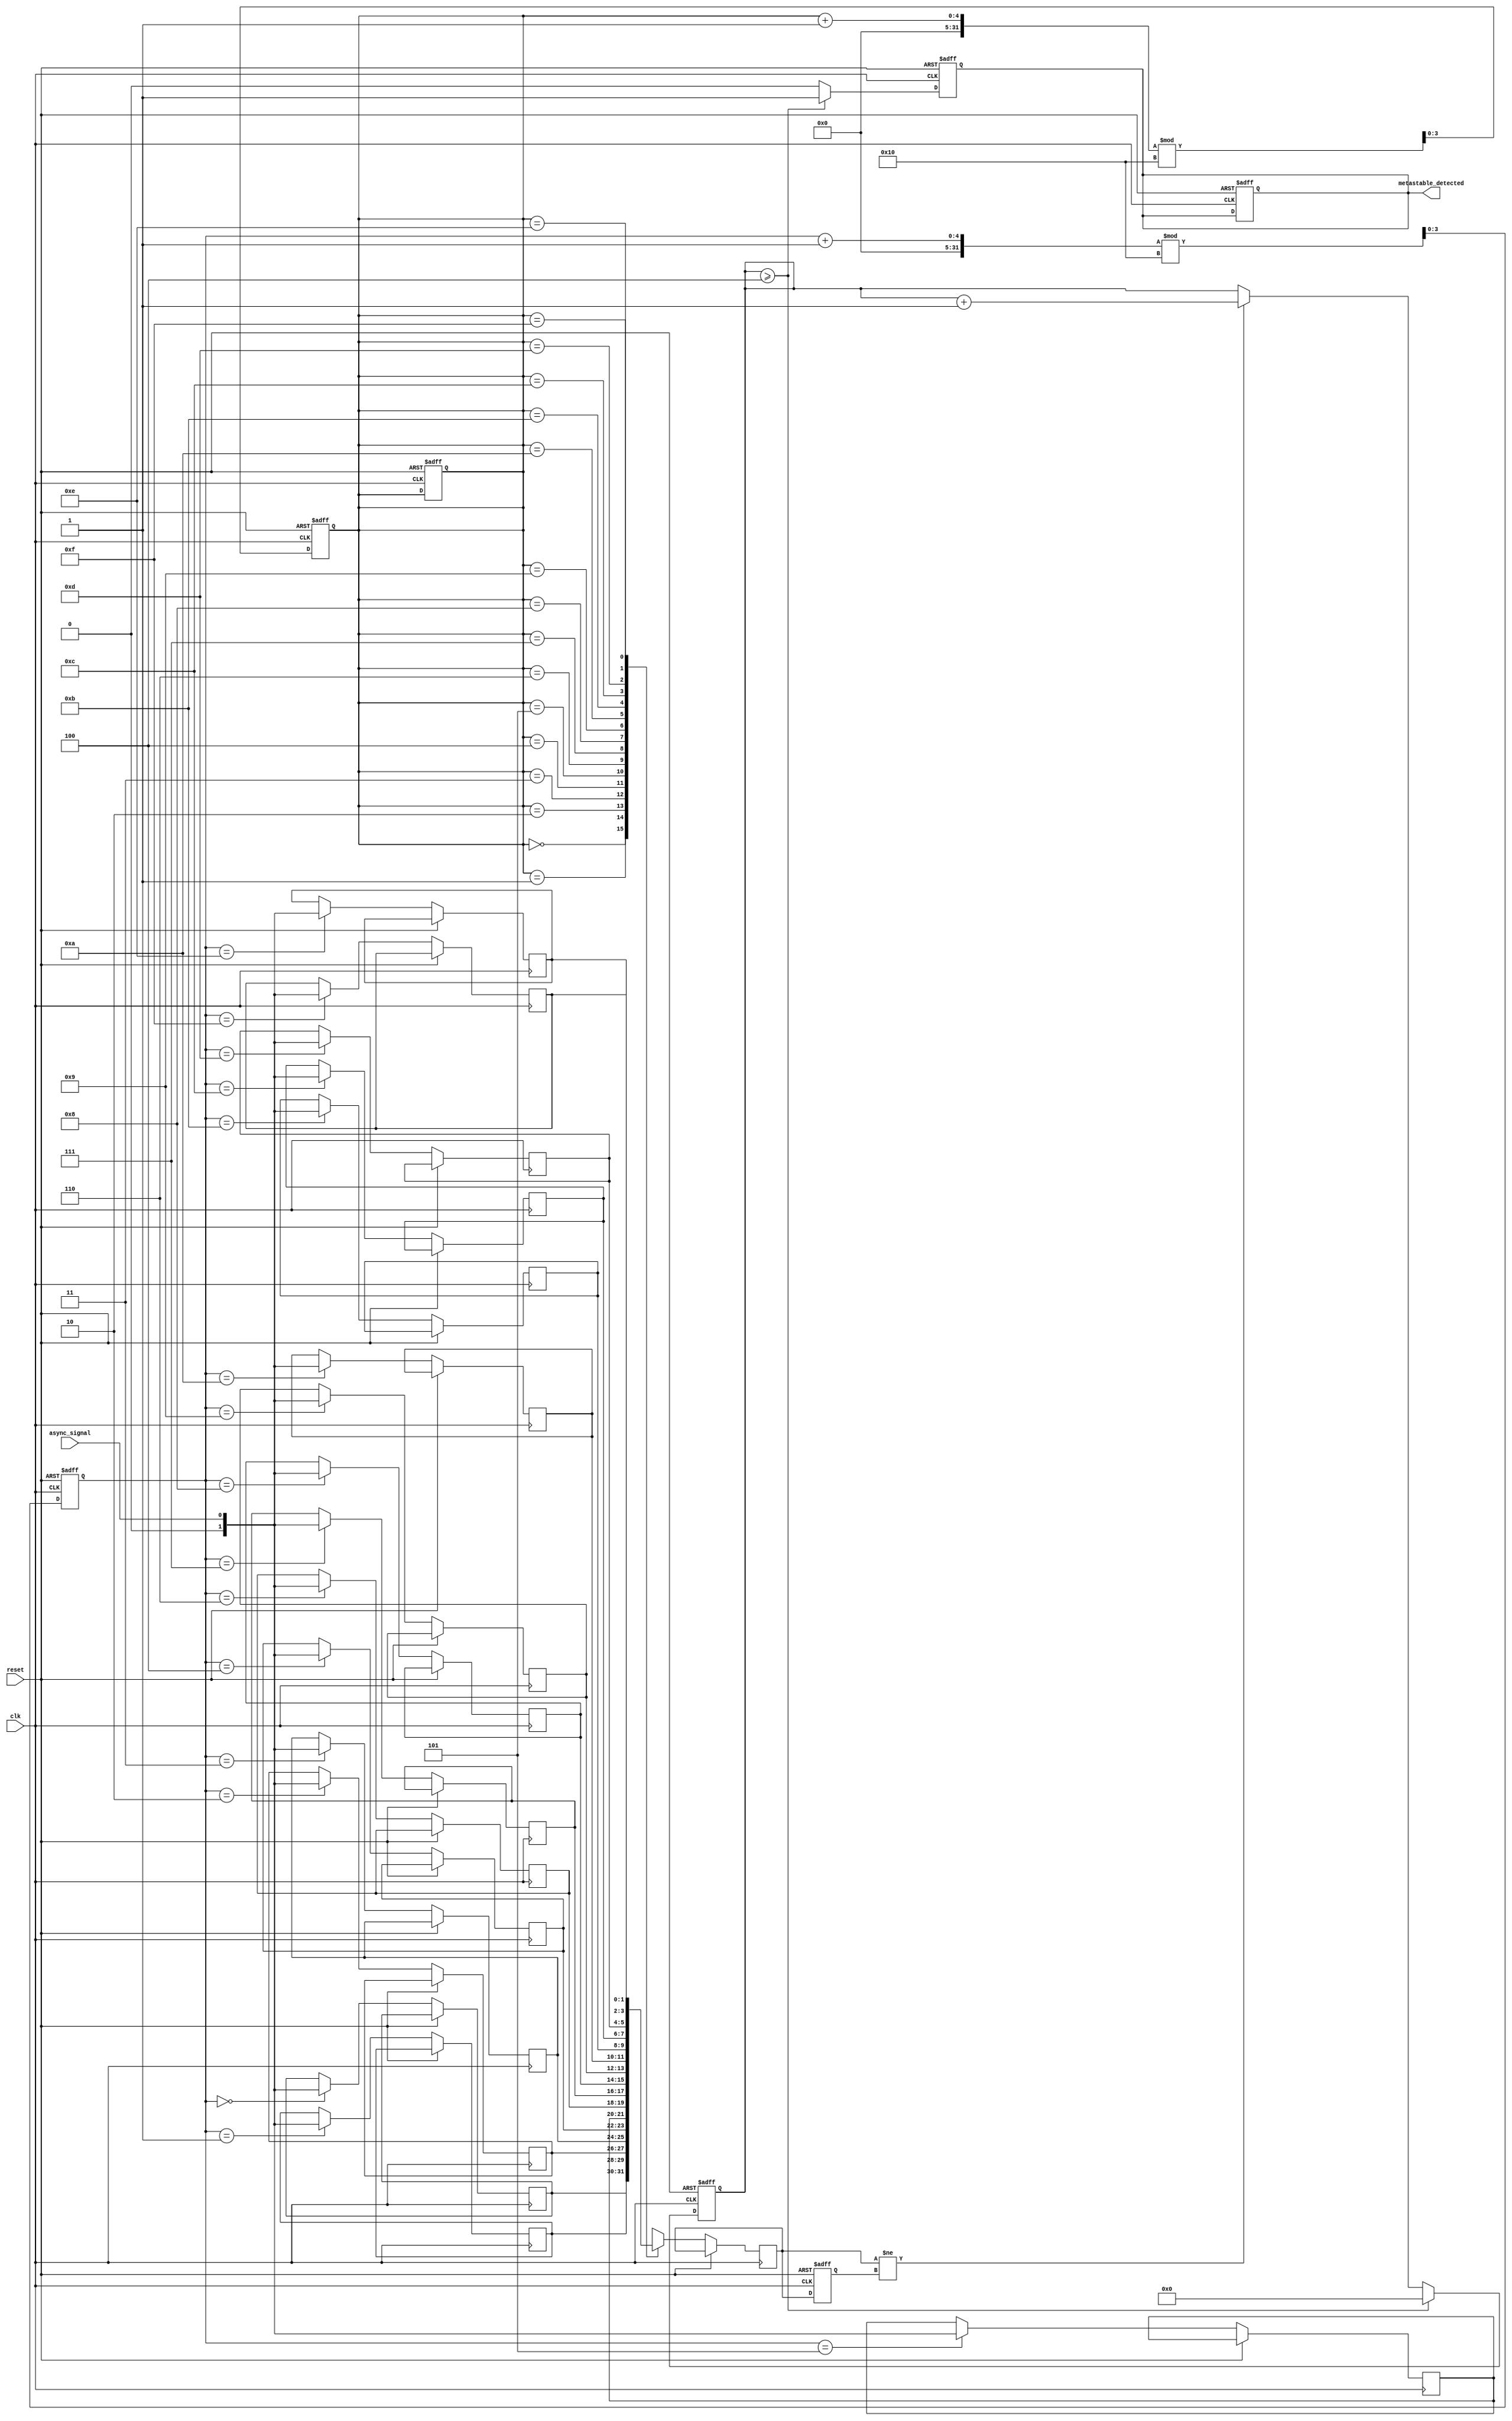
module metastability_detector #(
    parameter MEMORY_SIZE = 16, // Size of the memory block
    parameter THRESHOLD = 4      // Threshold for metastability detection
)(
    input wire clk,              // Sampling clock
    input wire reset,            // Reset signal
    input wire async_signal,      // Asynchronous input signal
    output reg metastable_detected // Output signal indicating metastability
);

    // Memory to store sampled values
    reg [1:0] memory [0:MEMORY_SIZE-1]; // 2-bit memory to store sampled states
    reg [$clog2(MEMORY_SIZE)-1:0] write_ptr; // Write pointer for memory
    reg [$clog2(MEMORY_SIZE)-1:0] read_ptr;  // Read pointer for random sampling
    reg [1:0] sampled_value; // Holds the sampled value

    // Random sampling mechanism (simple counter for demonstration)
    always @(posedge clk or posedge reset) begin
        if (reset) begin
            write_ptr <= 0;
            read_ptr <= 0;
            metastable_detected <= 0;
        end else begin
            // Sample the asynchronous signal and store in memory
            memory[write_ptr] <= async_signal;
            write_ptr <= (write_ptr + 1) % MEMORY_SIZE; // Circular buffer
        end
    end

    // Randomly select a sample from memory (for simplicity, we read sequentially)
    always @(posedge clk or posedge reset) begin
        if (reset) begin
            read_ptr <= 0;
        end else begin
            sampled_value <= memory[read_ptr];
            read_ptr <= (read_ptr + 1) % MEMORY_SIZE; // Circular buffer
        end
    end

    // Metastability detection logic
    reg [1:0] last_value;
    reg [3:0] transition_count; // Count transitions
    reg [1:0] stable_value; // To hold stable value for comparison

    always @(posedge clk or posedge reset) begin
        if (reset) begin
            last_value <= 2'b00;
            transition_count <= 0;
            metastable_detected <= 0;
            stable_value <= 2'b00;
        end else begin
            // Count transitions
            if (sampled_value != last_value) begin
                transition_count <= transition_count + 1;
            end
            last_value <= sampled_value;

            // Check for metastability
            if (transition_count >= THRESHOLD) begin
                metastable_detected <= 1; // Metastability detected
                transition_count <= 0; // Reset counter after detection
            end else begin
                metastable_detected <= 0; // No metastability detected
            end
        end
    end

endmodule